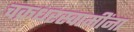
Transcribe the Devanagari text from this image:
चक्रधरस्वामींना